Annual report of the Camel Specialist
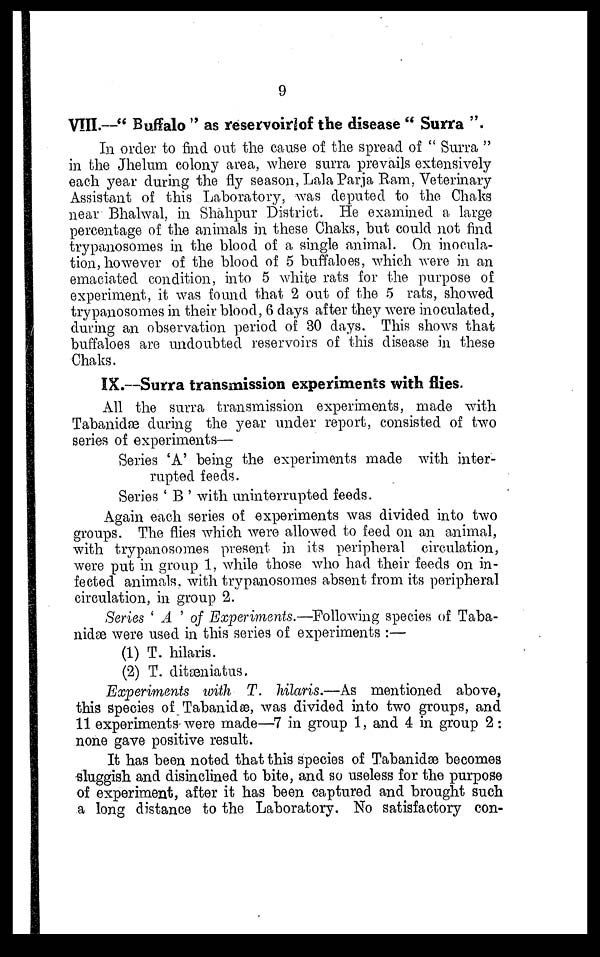
9
VIII.—"Buffalo" as reservoir of the disease "Surra".
In order to find out the cause of the spread of "Surra"
in the Jhelum colony area, where surra prevails extensively
each year during the fly season, Lala Parja Ram, Veterinary
Assistant of this Laboratory, was deputed to the Chaks
near Bhalwal, in Shahpur District. He examined a large
percentage of the animals in these Chaks, but could not find
trypanosomes in the blood of a single animal. On inocula-
tion, however of the blood of 5 buffaloes, which were in an
emaciated condition, into 5 white rats for the purpose of
experiment, it was found that 2 out of the 5 rats, showed
trypanosomes in their blood, 6 days after they were inoculated,
during an observation period of 30 days. This shows that
buffaloes are undoubted reservoirs of this disease in these
Chaks.
IX.—Surra transmission experiments with flies.
All the surra transmission experiments, made with
Tabanidæ during the year under report, consisted of two
series of experiments—
Series 'A' being the experiments made with inter-
rupted feeds.
Series ' B ' with uninterrupted feeds.
Again each series of experiments was divided into two
groups. The flies which were allowed to feed on an animal,
with trypanosomes present in its peripheral circulation,
were put in group 1, while those who had their feeds on in-
fected animals, with trypanosomes absent from its peripheral
circulation, in group 2.
Series ' A ' of Experiments.—Following species of Taba¬
nidæ were used in this series of experiments :—
(1) T. hilaris.
(2) T. ditæniatus.
Experiments with T. hilaris.—As mentioned above,
this species of Tabanidæ, was divided into two groups, and
11 experiments- were made—7 in group 1, and 4 in group 2 :
none gave positive result.
It has been noted that this species of Tabanidæ becomes
sluggish and disinclined to bite, and so useless for the purpose
of experiment, after it has been captured and brought such
a long distance to the Laboratory. No satisfactory con¬